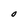
Character: O